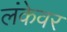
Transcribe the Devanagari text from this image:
लंकेवर